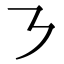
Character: ㇋